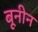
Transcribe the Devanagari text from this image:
बूनीन